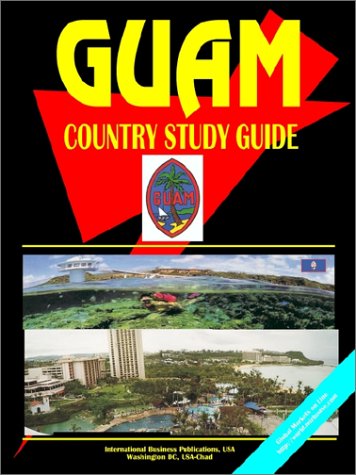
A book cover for Guam Country Study Guide (World Country Study Guide Library); Travel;